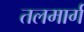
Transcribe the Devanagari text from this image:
तलमार्ग